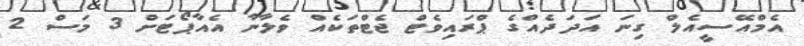
އެމްއޭސީއެލް ގިނަ އަދަދެއްގެ ޕްރައިވެޓް ޖެޓްތަކެއް ވެލާނާ އެއާޕޯޓަށް 3 މަސް 2